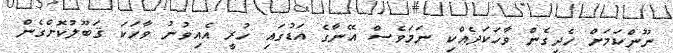
ނޫންކަމަށް ހެދިގެން ވާހަކަދެއްކި ނަމަވެސް އޭނާގެ އަޑުގައި ހުރީ އެއިވުނު ވާހަކަ ޤަބޫލުކޮށްގެން